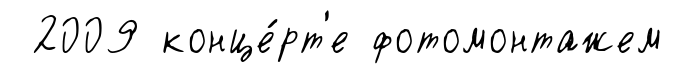
2009 конце́рт'е фотомонтажем